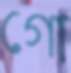
গো